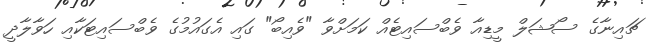
ޗައިނާގެ ސޯޝަލް މީޑިއާ ވެބްސައިޓެއް ކަމަށްވާ "ވެއިބޯ" ގައި އެގައުމުގެ ވެބްސައިޓަކާއި ހަވާލާދީ